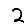
Digit: 2